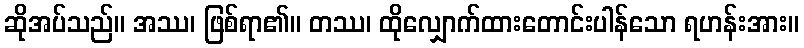
ဆိုအပ်သည်။ အဿ၊ ဖြစ်ရာ၏။ တဿ၊ ထိုလျှောက်ထားတောင်းပါန်သော ရဟန်းအား။